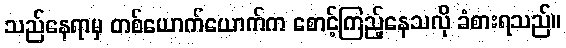
သည်နေရာမှ တစ်ယောက်ယောက်က စောင့်ကြည့်နေသလို ခံစားရသည်။